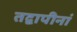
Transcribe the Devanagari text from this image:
तद्वापीनां